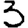
Digit: 3